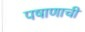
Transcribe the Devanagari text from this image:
पषाणाची